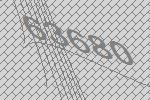
63680